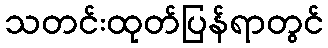
သတင်းထုတ်ပြန်ရာတွင်